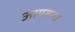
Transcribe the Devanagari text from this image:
आयतन।